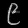
Digit: ၉